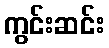
ကွင်းဆင်း